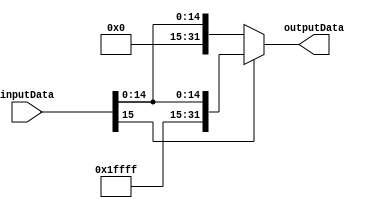
module SignExtender
(
    input [15:0] inputData,
    output [31:0] outputData
);
    assign outputData = inputData[15] ? {16'b1111111111111111, inputData} : {16'b0000000000000000, inputData};
endmodule